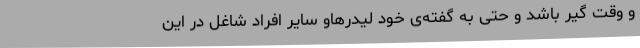
و وقت گیر باشد و حتی به گفته‌ی خود لیدرهاو سایر افراد شاغل در این